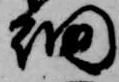
細